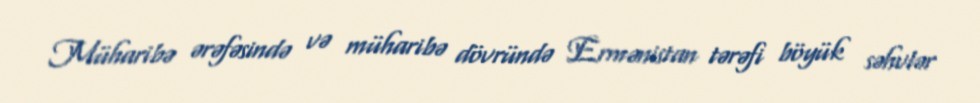
Müharibə ərəfəsində və müharibə dövründə Ermənistan tərəfi böyük səhvlər